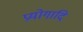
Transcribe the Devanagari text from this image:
प्रयोगादि